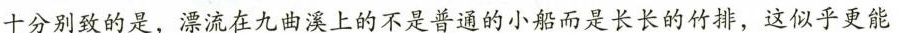
十分别致的是，漂流在九曲溪上的不是普通的小船而是长长的竹排，这似乎更能